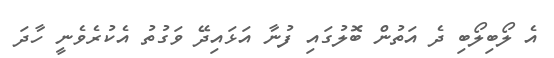
އެ ލޯބިލޯބި ދެ އަތުން ބޮލުގައި ފުނާ އަޅައިދޭ ވަގުތު އެކުރެވެނީ ހާދަ